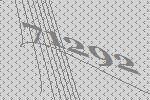
71292